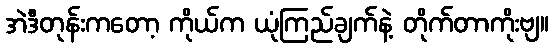
အဲဒီတုန်းကတော့ ကိုယ်က ယုံကြည်ချက်နဲ့ တိုက်တာကိုးဗျ။